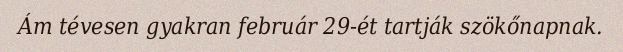
Ám tévesen gyakran február 29-ét tartják szökőnapnak.